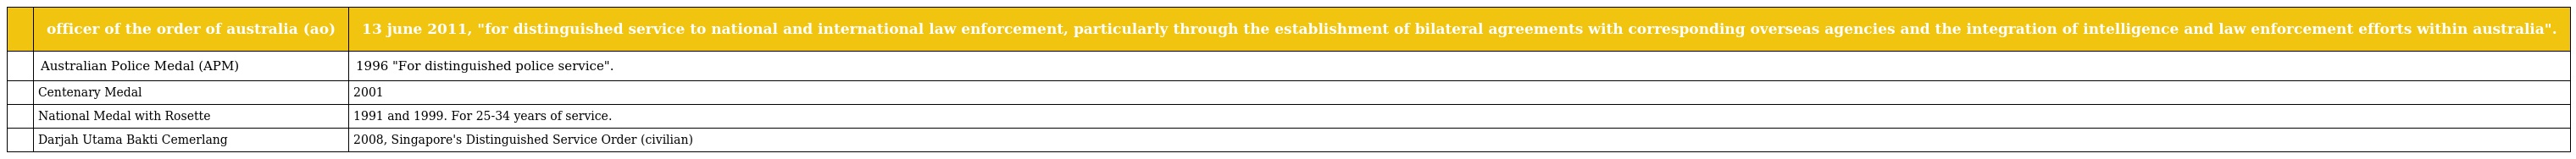
|  | officer of the order of australia (ao) | 13 june 2011, "for distinguished service to national and international law enforcement, particularly through the establishment of bilateral agreements with corresponding overseas agencies and the integration of intelligence and law enforcement efforts within australia". |
 | --- | --- | --- |
 |  | Australian Police Medal (APM) | 1996 "For distinguished police service". |
 |  | Centenary Medal | 2001 |
 |  | National Medal with Rosette | 1991 and 1999. For 25-34 years of service. |
 |  | Darjah Utama Bakti Cemerlang | 2008, Singapore's Distinguished Service Order (civilian) |